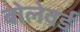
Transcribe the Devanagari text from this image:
बोलेवर्ड